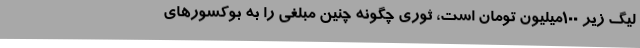
لیگ زیر 100میلیون تومان است، ثوری چگونه چنین مبلغی را به بوکسورهای